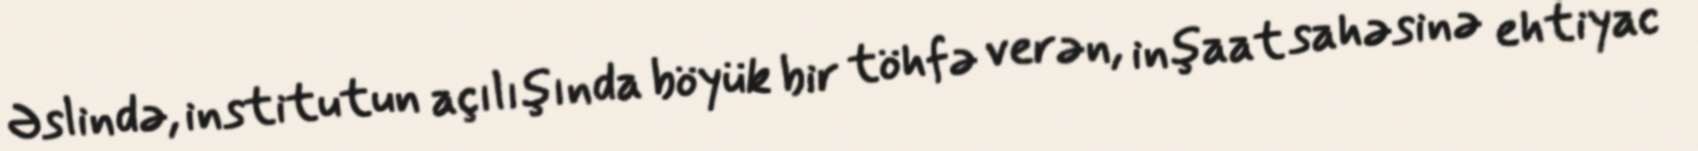
Əslində, institutun açılışında böyük bir töhfə verən, inşaat sahəsinə ehtiyac